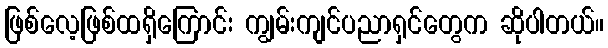
ဖြစ်လေ့ဖြစ်ထရှိကြောင်း ကျွမ်းကျင်ပညာရှင်တွေက ဆိုပါတယ်။